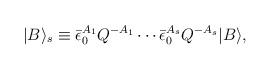
LaTeX: \begin{align*}|B\rangle_s \equiv \bar \epsilon_0^{A_1}Q^{-A_1} \cdots \bar\epsilon_0^{A_s}Q^{-A_s} |B\rangle,\end{align*}